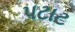
પટાટ